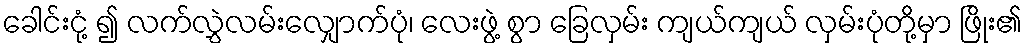
ခေါင်းငုံ့ ၍ လက်လွှဲလမ်းလျှောက်ပုံ၊ လေးဖွဲ့ စွာ ခြေလှမ်း ကျယ်ကျယ် လှမ်းပုံတို့မှာ ဖြိုး၏